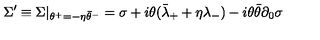
\Sigma ^ { \prime } \equiv \Sigma | _ { \theta ^ { + } = - \eta \bar { \theta } ^ { - } } = \sigma + i \theta ( \bar { \lambda } _ { + } + \eta \lambda _ { - } ) - i \theta \bar { \theta } \partial _ { 0 } \sigma